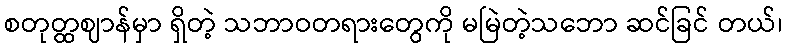
စတုတ္ထဈာန်မှာ ရှိတဲ့ သဘာဝတရားတွေကို မမြဲတဲ့သဘော ဆင်ခြင် တယ်၊